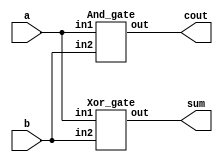
`timescale 1ns/1ps

module Half_Adder(a, b, cout, sum);
input a, b;
output cout, sum;
Xor_gate o0(sum, a, b);
And_gate a0(cout, a, b);
endmodule

module Full_Adder (a, b, cin, cout, sum);
input a, b, cin;
output cout, sum;
wire temp;
//sum = a xor b xor cin
Xor_gate o0(temp, a, b);
Xor_gate o1(sum, temp, cin);
//cout = ab + bc + ac
Majority m0(a, b, cin, cout);
endmodule

module Majority(a, b, c, out);
input a, b, c;
output out;
wire a_and_b, b_and_c, a_and_c;
wire ab_or_ac;
And_gate a0(a_and_b, a, b);
And_gate a1(b_and_c, b, c);
And_gate a2(a_and_c, a, c);
Or_gate o0(ab_or_ac, a_and_b, a_and_c);
Or_gate o1(out, ab_or_ac, b_and_c);
endmodule

module Not_gate(out, in);
input in;
output out;
nand n0(out, in, in);
endmodule

module Or_gate(out, in1, in2);
input in1, in2;
output out;
wire n_in1, n_in2;
Not_gate n0(n_in1, in1);
Not_gate n1(n_in2, in2);
nand n2(out, n_in1, n_in2);
endmodule

module And_gate(out, in1, in2);
input in1, in2;
output out;
wire n_in1, n_in2;
wire n_in1_Or_n_in2;
Not_gate n0(n_in1, in1);
Not_gate n1(n_in2, in2);
Or_gate o0(n_in1_Or_n_in2, n_in1, n_in2);
Not_gate n2(out, n_in1_Or_n_in2);
endmodule

module Xor_gate(out, in1, in2);
input in1, in2;
output out;
wire n_in1, n_in2;
wire nin1_in2, in1_nin2;
Not_gate n4(n_in1, a);
Not_gate n5(n_in2, b);

And_gate an1(nin1_in2, n_in1, in2);
And_gate an2(in1_nin2, in1, n_in2);
Or_gate o1(out, nin1_in2, in1_nin2);

endmodule